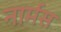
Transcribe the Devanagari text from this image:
नार्मस